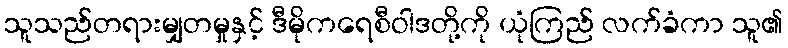
သူသည်တရားမျှတမှုနှင့် ဒီမိုကရေစီဝါဒတို့ကို ယုံကြည် လက်ခံကာ သူ၏